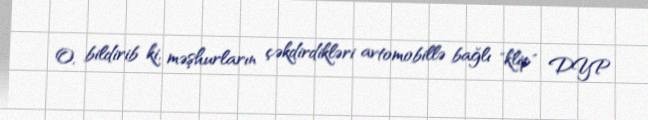
O, bildirib ki, məşhurların çəkdirdikləri avtomobillə bağlı "klip" DYP